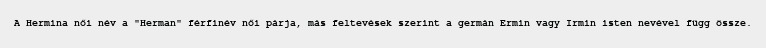
A Hermina női név a "Herman" férfinév női párja, más feltevések szerint a germán Ermin vagy Irmin isten nevével függ össze.